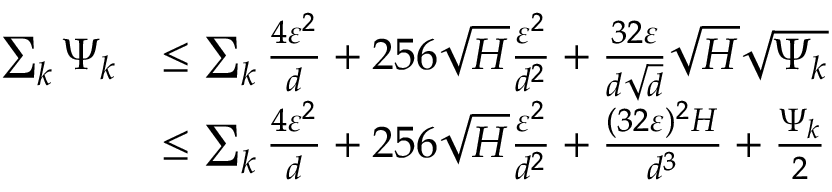
\begin{array} { r l } { \sum _ { k } \Psi _ { k } } & { \le \sum _ { k } \frac { 4 \varepsilon ^ { 2 } } { d } + 2 5 6 \sqrt { H } \frac { \varepsilon ^ { 2 } } { d ^ { 2 } } + \frac { 3 2 \varepsilon } { d \sqrt { d } } \sqrt { H } \sqrt { \Psi _ { k } } } \\ & { \le \sum _ { k } \frac { 4 \varepsilon ^ { 2 } } { d } + 2 5 6 \sqrt { H } \frac { \varepsilon ^ { 2 } } { d ^ { 2 } } + \frac { ( 3 2 \varepsilon ) ^ { 2 } H } { d ^ { 3 } } + \frac { \Psi _ { k } } { 2 } } \end{array}